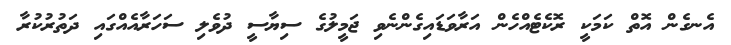
އެނގެން އޮތް ކަމަކީ ރޮކެޓެއްހެން އަރާވަޑައިގެންނެވި ޖަމީލުގެ ސިޔާސީ ދުވެލި ސަހަރާއެއްގައި ދަތުރުކުރާ